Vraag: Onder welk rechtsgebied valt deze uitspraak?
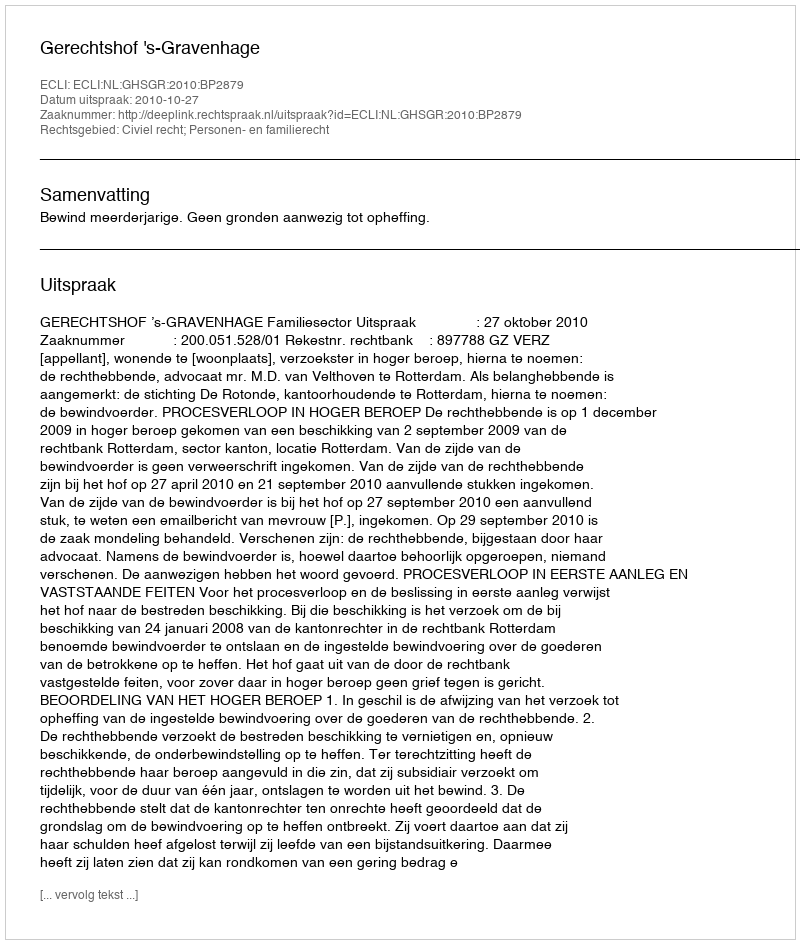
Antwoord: Civiel recht; Personen- en familierecht